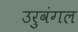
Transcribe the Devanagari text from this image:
उरुवंगल